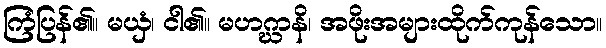
ကြံပြန်၏။ မယှံ၊ ငါ၏။ မဟဂ္ဃာနိ၊ အဖိုးအများထိုက်ကုန်သော။